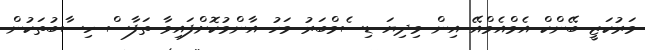
މަރުކަޒީ ބޭންކް އެމްއެމްއޭ އިން މިދިޔަ ޑިސެމްބަރު މަހު އާންމުކޮށްފައިވާ ތަފާސް ހިސާބުތަކުން